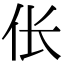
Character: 伥